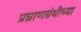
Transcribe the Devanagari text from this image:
प्रघ्राणग्रंथीच्या